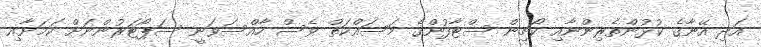
އަދި އޭނާގެ ކުޅުންތެރިންނާއި ކޯޗިން ސްޓާފުންގެ މަސައްކަތް ވެސް ހާއްސަވަނީ ސަޕޯޓަރުންނަށް ކަމަށާއި